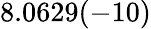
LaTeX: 8.0629(-10)